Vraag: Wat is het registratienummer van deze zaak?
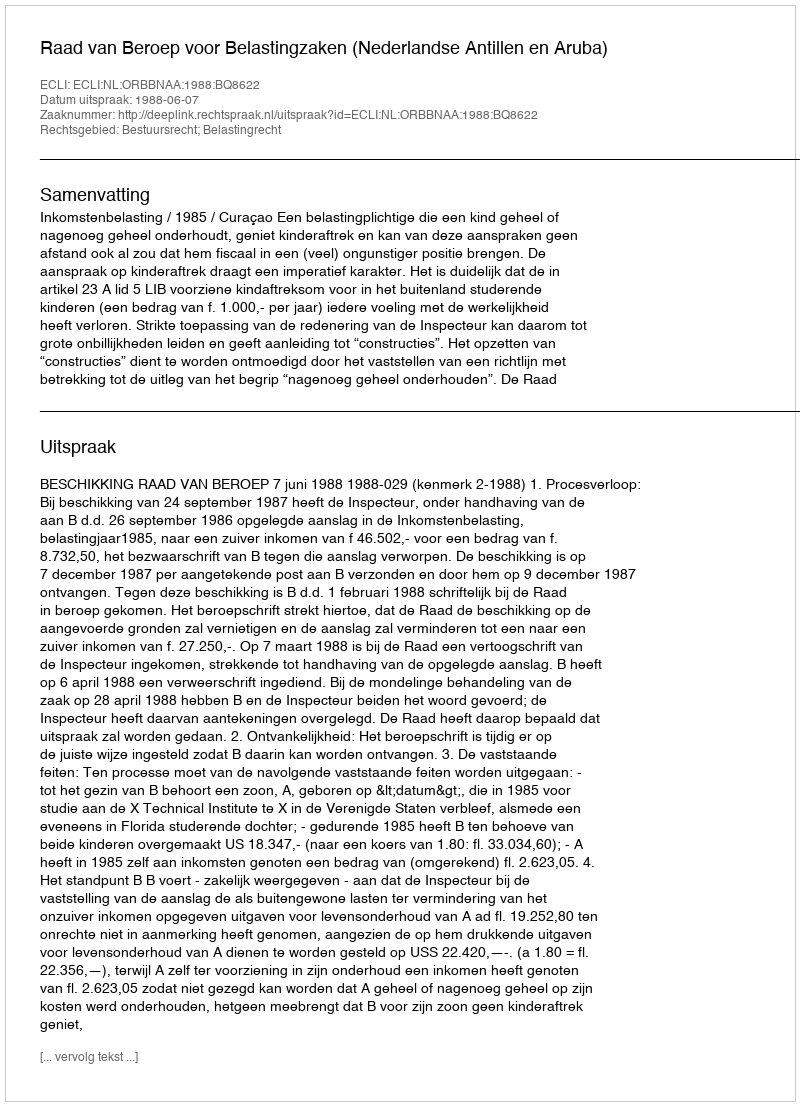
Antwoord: http://deeplink.rechtspraak.nl/uitspraak?id=ECLI:NL:ORBBNAA:1988:BQ8622